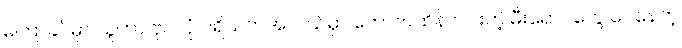
မကြာခင်မှာ သူဟာ ဗိုလ်ပုံ ပရိသတ်အလယ်မှာ တောက်ထိန်လင်းတဲ့ မီးရောင်တွေ ဝေနေတဲ့